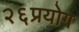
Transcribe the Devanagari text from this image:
२६प्रयोग